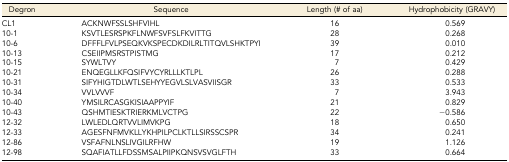
<table><thead><tr><td><b>Degron</b></td><td><b>Sequence</b></td><td><b>Length (# of aa)</b></td><td><b>Hydrophobicity (GRAVY)</b></td></tr></thead><tbody><tr><td>CL1</td><td>ACKNWFSSLSHFVIHL</td><td>16</td><td>0.569</td></tr><tr><td>10-1</td><td>KSVTLESRSPKFLNWFSVFSLFKVITTG</td><td>28</td><td>0.268</td></tr><tr><td>10-6</td><td>DFFFLFVLPSEQKVKSPECDKDILRLTITQVLSHKTPYI</td><td>39</td><td>0.010</td></tr><tr><td>10-13</td><td>CSEIIPMSRSTPISTMG</td><td>17</td><td>0.212</td></tr><tr><td>10-15</td><td>SYWLTVY</td><td>7</td><td>0.429</td></tr><tr><td>10-21</td><td>ENQEGLLKFQSIFVYCYRLLLKTLPL</td><td>26</td><td>0.288</td></tr><tr><td>10-31</td><td>SIFYHIGTDLWTLSEHYYEGVLSLVASVIISGR</td><td>33</td><td>0.533</td></tr><tr><td>10-34</td><td>VVLVVVF</td><td>7</td><td>3.943</td></tr><tr><td>10-40</td><td>YMSILRCASGKISIAAPPYIF</td><td>21</td><td>0.829</td></tr><tr><td>10-43</td><td>QSHMTIESKTRIERKMLVCTPG</td><td>22</td><td>−0.586</td></tr><tr><td>12-32</td><td>LWLEDLQRTVVLIMVKPG</td><td>18</td><td>0.650</td></tr><tr><td>12-33</td><td>AGESFNFMVKLLYKHPILPCLKTLLSIRSSCSPR</td><td>34</td><td>0.241</td></tr><tr><td>12-86</td><td>VSFAFNLNSLIVGILRFHW</td><td>19</td><td>1.126</td></tr><tr><td>12-98</td><td>SQAFIATLLFDSSMSALPIIPKQNSVSVGLFTH</td><td>33</td><td>0.664</td></tr></tbody></table>